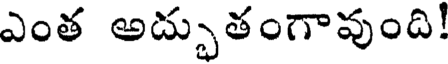
ఎంత అద్భుతంగావుంది!